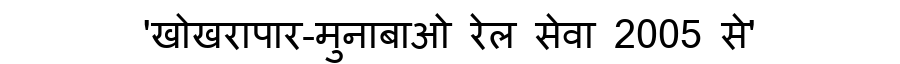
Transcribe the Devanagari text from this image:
'खोखरापार-मुनाबाओ रेल सेवा 2005 से'